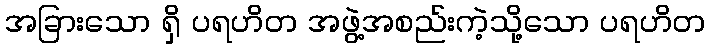
အခြားသော ရှိ ပရဟိတ အဖွဲ့အစည်းကဲ့သို့သော ပရဟိတ